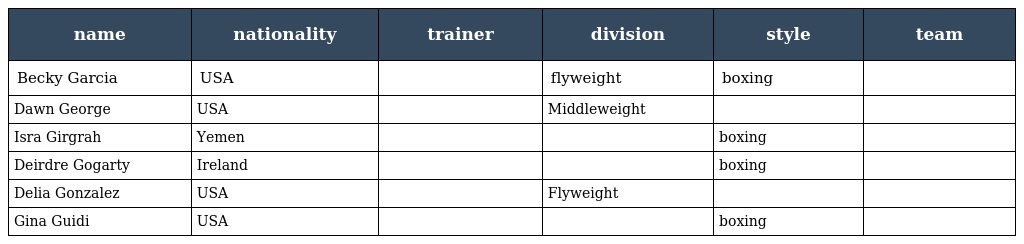
| name | nationality | trainer | division | style | team |
 | --- | --- | --- | --- | --- | --- |
 | Becky Garcia | USA |  | flyweight | boxing |  |
 | Dawn George | USA |  | Middleweight |  |  |
 | Isra Girgrah | Yemen |  |  | boxing |  |
 | Deirdre Gogarty | Ireland |  |  | boxing |  |
 | Delia Gonzalez | USA |  | Flyweight |  |  |
 | Gina Guidi | USA |  |  | boxing |  |